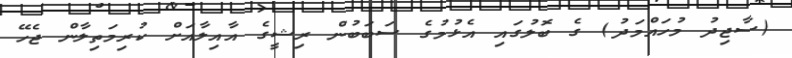
(ސާޖިދު މުހައްމަދު) ގެ ބޮލުގައި އެޅުމުގެ ސަބަބުން ރިޝީގެ އާއިލާއަށް ކުރިމަތިލާން ޖެހޭ